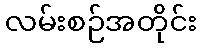
လမ်းစဉ်အတိုင်း